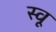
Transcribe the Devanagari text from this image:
स्वू